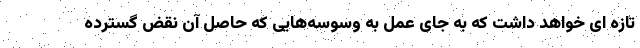
تازه ای خواهد داشت که به جای عمل به وسوسه‌هایی که حاصل آن نقض گسترده